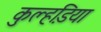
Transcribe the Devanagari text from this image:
कुल्हडि़या